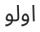
اولو